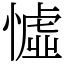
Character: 憈